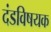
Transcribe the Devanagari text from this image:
दंडविषयक